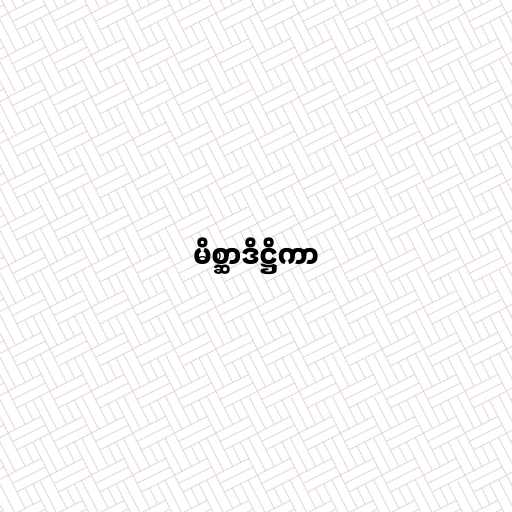
မိစ္ဆာဒိဋ္ဌိကာ